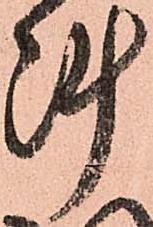
陣